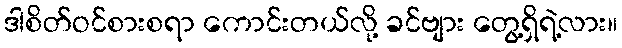
ဒါစိတ်ဝင်စားစရာ ကောင်းတယ်လို့ ခင်ဗျား တွေ့ရှိရဲ့လား။